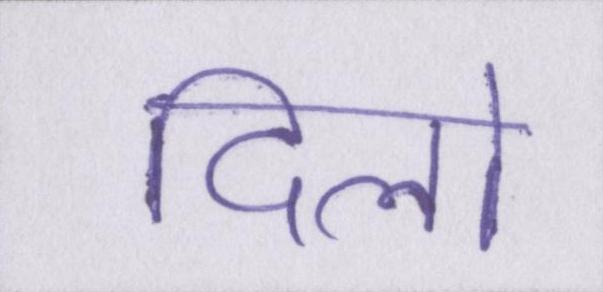
दिलो